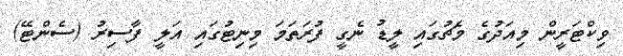
ވިކްޓަރީން މިއަދުގެ މެޗުގައި ލީޑު ނެގީ ފުރަތަމަ މިނިޓުގައި އަލީ ފާސިރު (ސެންޓޭ)